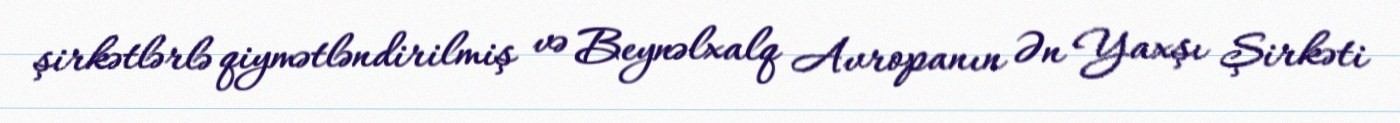
şirkətlərlə qiymətləndirilmiş və Beynəlxalq Avropanın Ən Yaxşı Şirkəti